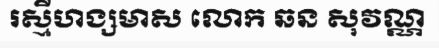
រស្មីហង្សមាស លោក ឆន សុវណ្ណ